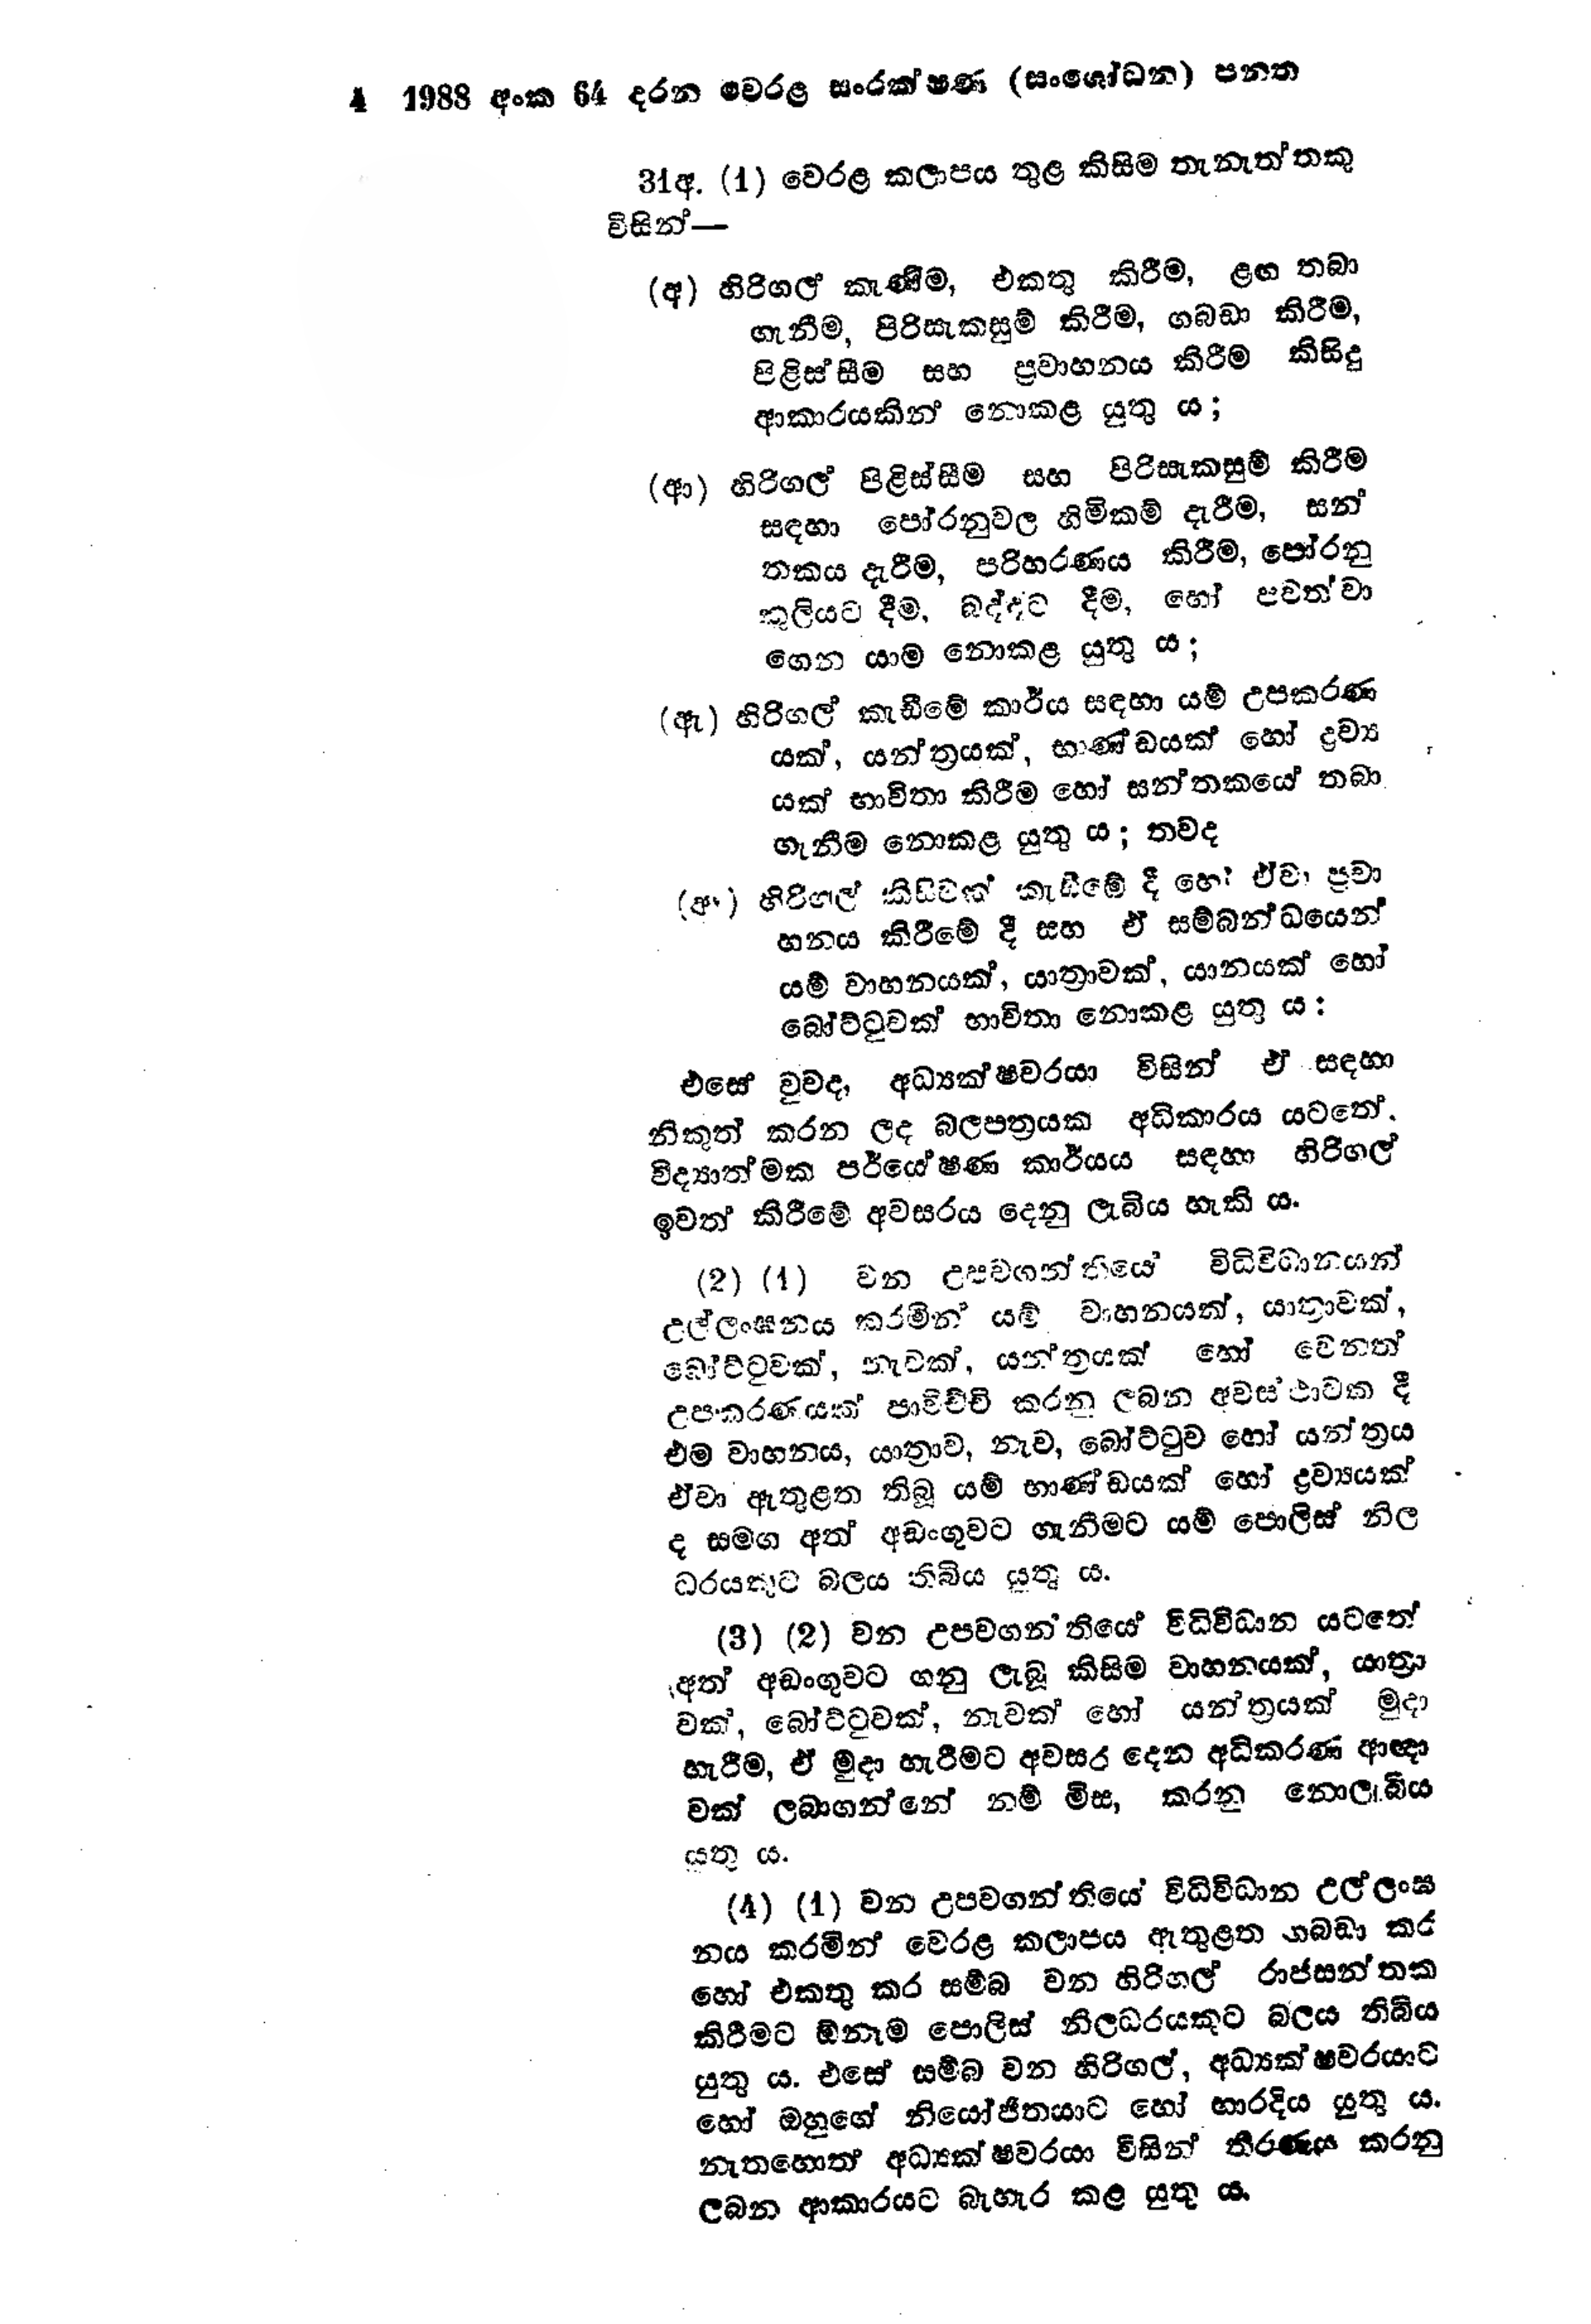
4 1988 අංක 64 දරන වෙරළ සංරක්ෂණ (සංශෝධන) පනත

31අ. (1) වෙරළ කලාපය තුළ කිසිම තැනැත්තකු
විසින් -

(අ) හිරිගල කැණීම, එකතු කිරීම, ළඟ තබා
ගැනීම, පිරිසැකසුම් කිරීම, ගබඩා කිරීම,
පිළිස්සීම සහ ප්‍රවාහනය කිරීම කිසිදු
ආකාරයකින් නොකළ යුතු ය;

(ආ) හිරිගල් පිළිස්සීම සහ පිරිසැකසුම් කිරීම
සඳහා පෝරනුවල හිමිකම් දැරීම,සන්
තකය දැරීම, පරිහරණය කිරීම, පෝරනු
කුලියට දීම, බද්දට දීම, හෝ  පවත්වා
ගෙන යාම නොකළ යුතු ය;

(ඇ) හිරිගල් කැඩීමේ කාර්ය සඳහා යම් උපකරණ
යක්, යන්ත්‍රයක්, භාණ්ඩයක් හෝ ද්‍රව්‍ය
යක් භාවිතා කිරීම හෝ සන්තකයේ තබා
ගැනීම නොකළ යුතු ය; තවද

(ආ) හිරිගල් කිසිවක් කැඩීමේ දී හෝ ඒවා ප්‍රවා
හනය කිරීමේ දී සහ ඒ සම්බන්ධයෙන්
යම් වාහනයක්, යාත්‍රාවක්, යානයක් හෝ
බෝට්ටුවක් භාවිතා නොකළ යුතු ය:

එසේ වුවද, අධ්‍යක්ෂවරයා විසින් ඒ සඳහා
නිකුත් කරන ලද බලපත්‍රයක අධිකාරය යටතේ.
විද්‍යාත්මක පර්යෙෂණ කාර්යය සඳහා හිරිගල්
ඉවත් කිරීමේ අවසරය දෙනු ලැබිය හැකි ය.

(2) (1) වන උපවගන්තියේ විධිවිධානයන්
උල්ලංඝනය කරමින් යම් වාහනයක්, යාත්‍රාවක්,
බෝට්ටුවක්, නැවක්, යන්ත්‍රයක් හෝ වෙනත්
උපකරණයක් පාවිච්චි කරනු ලබන අවස්ථාවක දී
එම වාහනය, යාත්‍රාව, නැව, බෝට්ටුව හෝ යන්ත්‍රය
ඒවා ඇතුළත තිබූ යම් භාණ්ඩයක් හෝ ද්‍රව්‍යයක්
ද සමග අත් අඩංගුවට ගැනීමට යම් පොලිස් නිල
ධරයකුට බලය තිබිය යුතු ය.

(3) (2) වන උපවගන්තියේ විධි විධාන යටතේ
අත් අඩංගුවට ගනු ලැබූ කිසිම වාහනයක්, යාත්‍රා
වක්, බෝට්ටුවක්, නැවක් හෝ යන්ත්‍රයක් මුදා
හැරීම, ඒ මුදා හැරීමට අවසර දෙන අධිකරණ ආඥා
වක් ලබාගන්නේ නම් මිස, කරනු නොලැබීය
යුතු ය.

(4) (1) වන උපවගන්තියේ විධිවිධාන උල්ලංඝ
නය කරමින් වෙරළ කලාපය ඇතුළත ගබඩා කර
හෝ එකතු කර සම්බ වන හිරිගල් රාජසන්තක
කිරීමට ඕනෑම පොලිස් නිලධරයකුට බලය තිබිය
යුතු ය. එසේ සම්බ වන හිරිගල්, අධ්‍යක්ෂවරයාට
හෝ ඔහුගේ නියෝජිතයාට හෝ භාරදිය යුතු ය.
නැතහොත් අධ්‍යක්ෂවරයා විසින් තීරණය කරනු
ලබන ආකාරයට බැහැර කළ යුතු ය.